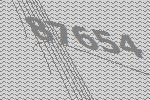
87654